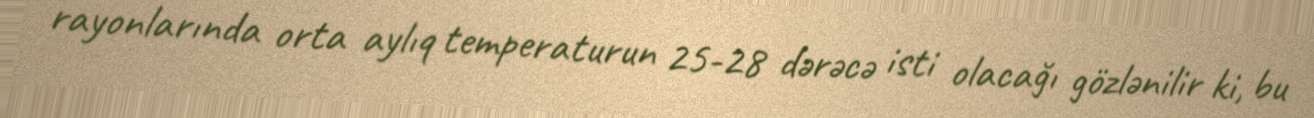
rayonlarında orta aylıq temperaturun 25-28 dərəcə isti olacağı gözlənilir ki, bu